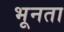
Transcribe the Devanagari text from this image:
भूनता